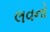
લવનો